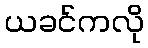
ယခင်ကလို